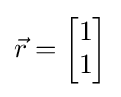
{\vec {r}}={\begin{bmatrix}1\\1\end{bmatrix}}